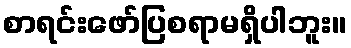
စာရင်းဖော်ပြစရာမရှိပါဘူး။